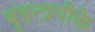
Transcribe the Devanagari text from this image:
बृहत्त्रयीके